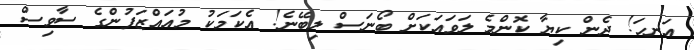
އަނހަ! ދެން ކިޔާ ކޮންމެ ލަވައަކަށް ބޯނަސް ލިބޭނެ! އެކަމަކު މުއައްޒަފުންގެ ސާވިސް